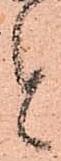
と